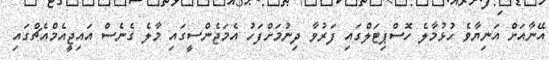
އޭނާއަށް އަނިޔާވެ ހުޅުމާލެ ހޮސްޕިޓަލްގައި ފަރުވާ ދިނުމަށްފަހު އެމަޖެންސީގައި މާލެ ގެނެސް އައިޖީއެމްއެޗްގައި